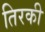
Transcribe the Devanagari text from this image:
तिरकी